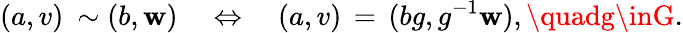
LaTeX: (a,v)\: \sim(b,\mathbf{w})\quad\Leftrightarrow\quad(a,v)\, =\, (bg,g^{-1}\mathbf{w}),\quadg\inG.